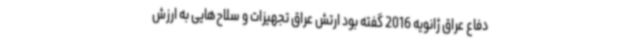
دفاع عراق ژانویه 2016 گفته بود ارتش عراق تجهیزات و سلاح‌هایی به ارزش